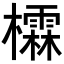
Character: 𪴖